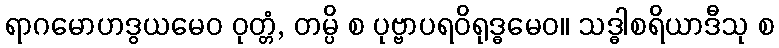
ရာဂမောဟဒွယမေဝ ဝုတ္တံ, တမ္ပိ စ ပုဗ္ဗာပရဝိရုဒ္ဓမေဝ။ သဒ္ဓါစရိယာဒီသု စ